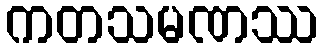
ကတသမဏဿ